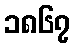
၁၈၆၇